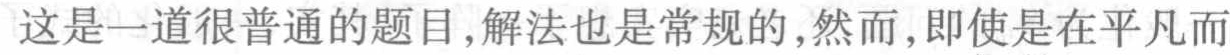
这是一道很普通的题目,解法也是常规的,然而,即使是在平凡而